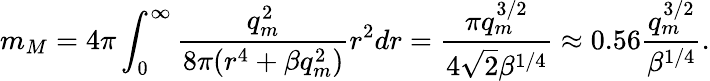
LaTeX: m_{M}=4\pi\int_{0}^{\infty}\frac{q_{m}^{2}}{8\pi(r^{4}+\beta q_{m}^{2})}r^{2}dr=\frac{\pi q_{m}^{3/2}}{4\sqrt{2}\beta^{1/4}}\approx 0.56\frac{q_{m}^{3/2}}{\beta^{1/4}}.